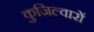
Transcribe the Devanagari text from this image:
कुजिल्वारों